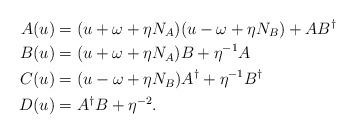
LaTeX: \begin{align*}A(u) &= (u+\omega+\eta N_{A})(u-\omega+\eta N_{B})+A B^\dagger\\B(u) &= (u+\omega+\eta N_{A})B+\eta^{-1} A\\C(u) &= (u-\omega+\eta N_{B})A^\dagger+\eta^{-1} B^\dagger\\D(u) &= A^\dagger B+\eta^{-2}.\end{align*}